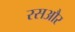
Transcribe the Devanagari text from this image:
रसऔर